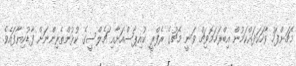
މެޗަށްފަހު ވާހަކަދައްކަމުން އިބްރަހަމޮވިޗް ވަނީ މެޗުގެ ރެފްރީ ކުއިޕާސްއަށާއި ޗެލްސީގެ ކުޅުންތެރިންނަށް ފާޑުކިޔާފައެވެ.